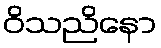
ဝိသညိနော